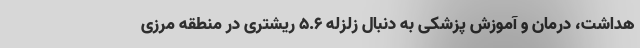
هداشت، درمان و آموزش پزشکی به دنبال زلزله ۵.۶ ریشتری در منطقه مرزی